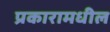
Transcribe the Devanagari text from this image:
प्रकारामधील